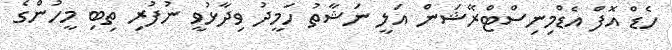
ހެޑް އޮފް އެޑްމިނިސްޓްރޭޝަން އަލީ ނަޝާތު ހަމީދު ވިދާޅުވީ ނުފުރި ތިބި މީހުންގެ